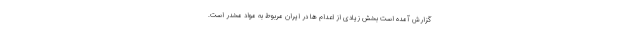
گزارش آمده است بخش زیادی از اعدام ها در ایران مربوط به مواد مخدر است.